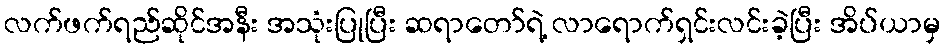
လက်ဖက်ရည်ဆိုင်အနီး အသုံးပြုပြီး ဆရာတော်ရဲ့ လာရောက်ရှင်းလင်းခဲ့ပြီး အိပ်ယာမှ